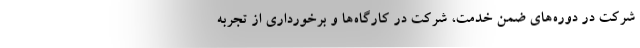
شرکت در دوره‌های ضمن خدمت، شرکت در کارگاه‌ها و برخورداری از تجربه